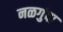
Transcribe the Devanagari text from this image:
नळगुंदा